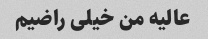
عالیه من خیلی راضیم